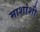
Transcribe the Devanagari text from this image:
माशांशी